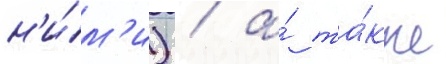
н'и́м'и) / а́ та́кже